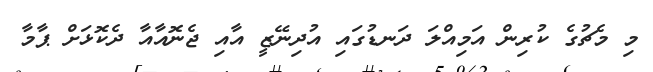
މި މެޗުގެ ކުރިން އަމިއްލަ ދަނޑުގައި އުދިނޭޒީ އާއި ޖެނޮއާއާ ދެކޮޅަށް ޕާމާ